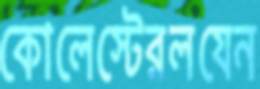
কোলেস্টেরলযেন